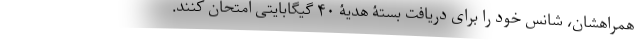
همراهشان، شانس خود را برای دریافت بستۀ هدیۀ ۴۰ گیگابایتی امتحان کنند.